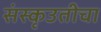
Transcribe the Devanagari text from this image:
संस्कृउतीचा